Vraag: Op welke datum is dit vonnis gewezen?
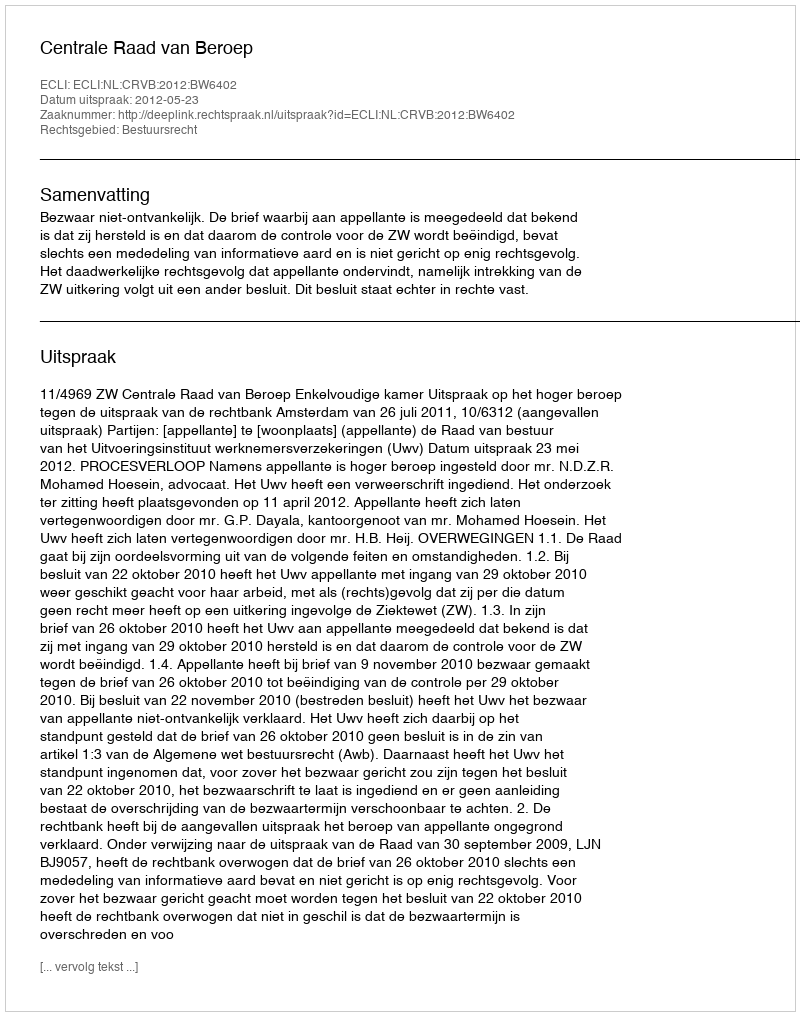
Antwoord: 2012-05-23